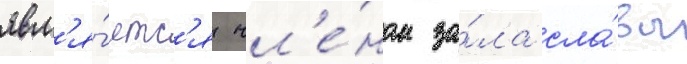
явл'я́етс'я чл'е́ном за́ла сла́вы